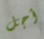
أجل